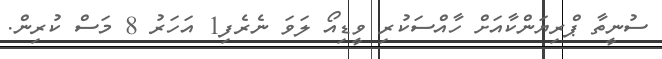
ސުނީތާ ޕްރިޔަންކާއަށް ހާއްސަކުރި ވީޑިއޯ ލަވަ ނެރެފި1 އަހަރު 8 މަސް ކުރިން.